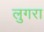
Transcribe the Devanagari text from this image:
लुगरा